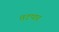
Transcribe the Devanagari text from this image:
तटपार